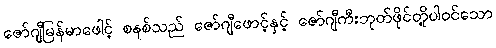
ဇော်ဂျီမြန်မာဖေါင့် စနစ်သည် ဇော်ဂျီဖောင့်နှင့် ဇော်ဂျီကီးဘုတ်ဖိုင်တို့ပါဝင်သော